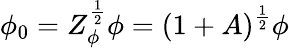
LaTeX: \phi_{0}=Z_{\phi}^{\frac{1}{2}}\phi=(1+A)^{\frac{1}{2}}\phi